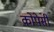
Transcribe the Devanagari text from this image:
कोपेसी